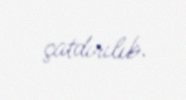
çatdırılıb.